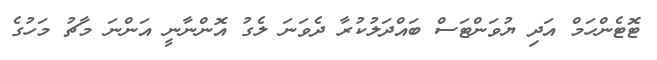
ޓޮޓެންހަމް އަދި ޔުވަންޓަސް ބައްދަލުކުރާ ދެވަނަ ލެގު އޮންނާނީ އަންނަ މާޗު މަހުގެ